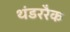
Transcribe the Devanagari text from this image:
थंडररैक